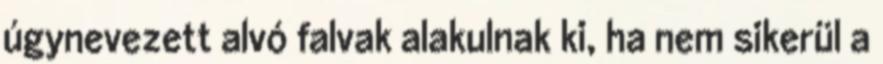
úgynevezett alvó falvak alakulnak ki, ha nem sikerül a